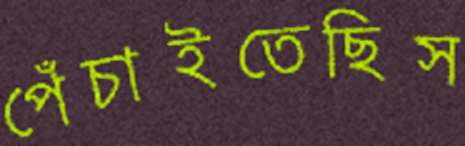
পেঁচাইতেছিস